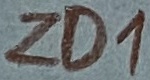
Text: ZD1